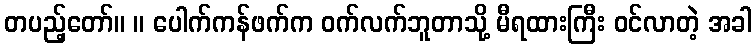
တပည့်တော်။ ။ ပေါက်ကန်ဖက်က ဝက်လက်ဘူတာသို့ မီရထားကြီး ဝင်လာတဲ့ အခါ